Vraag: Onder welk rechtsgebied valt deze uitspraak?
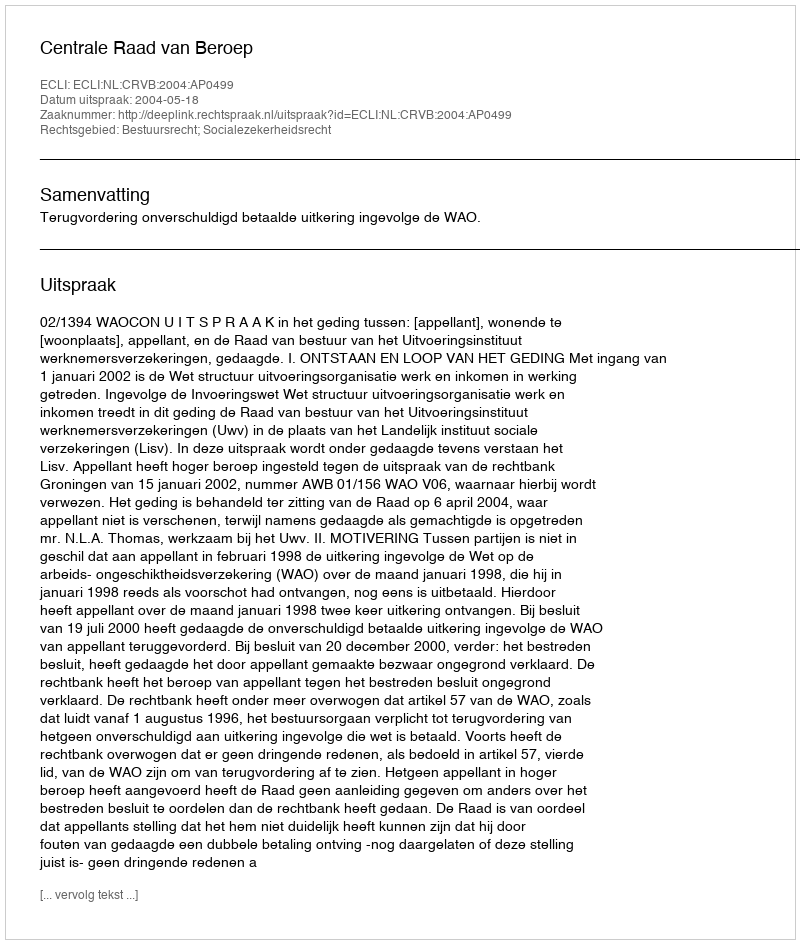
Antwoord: Bestuursrecht; Socialezekerheidsrecht